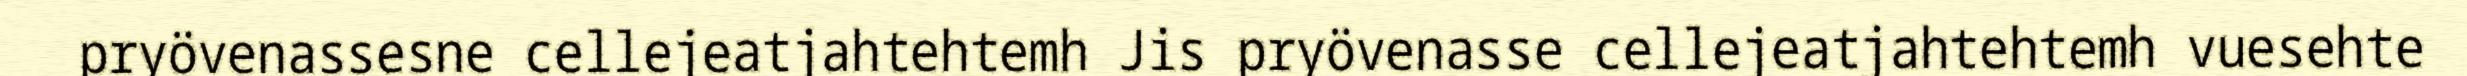
pryövenassesne cellejeatjahtehtemh Jis pryövenasse cellejeatjahtehtemh vuesehte